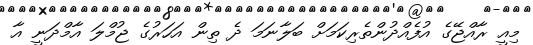
މިއީ ރާއްޖޭގެ އުފެއްދުންތެރިކަމަށް ބަލާނަމަ ދެ ތިން އަހަރުގެ ޖުމްލަ އާމްދަނީ އާ